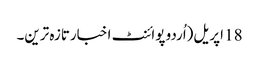
18 اپریل(اُردو پوائنٹ اخبارتازہ ترین۔